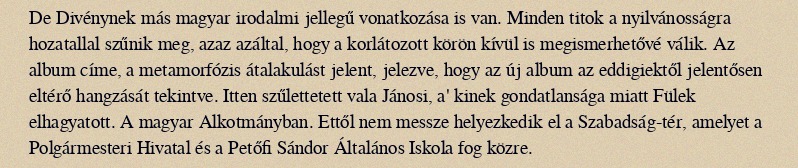
De Divénynek más magyar irodalmi jellegű vonatkozása is van. Minden titok a nyilvánosságra hozatallal szűnik meg, azaz azáltal, hogy a korlátozott körön kívül is megismerhetővé válik. Az album címe, a metamorfózis átalakulást jelent, jelezve, hogy az új album az eddigiektől jelentősen eltérő hangzását tekintve. Itten szűlettetett vala Jánosi, a' kinek gondatlansága miatt Fülek elhagyatott. A magyar Alkotmányban. Ettől nem messze helyezkedik el a Szabadság-tér, amelyet a Polgármesteri Hivatal és a Petőfi Sándor Általános Iskola fog közre.